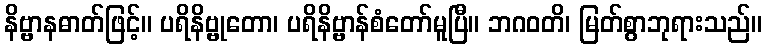
နိဗ္ဗာနဓာတ်ဖြင့်။ ပရိနိဗ္ဗုတော၊ ပရိနိဗ္ဗာန်စံတော်မူပြီ။ ဘဂဝတိ၊ မြတ်စွာဘုရားသည်။